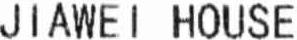
JIAWEI HOUSE